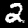
Digit: 2